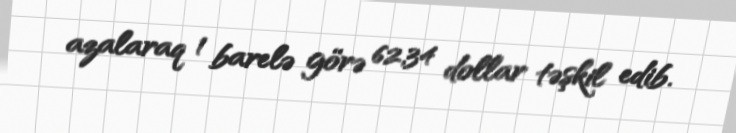
azalaraq 1 barelə görə 62,34 dollar təşkil edib.